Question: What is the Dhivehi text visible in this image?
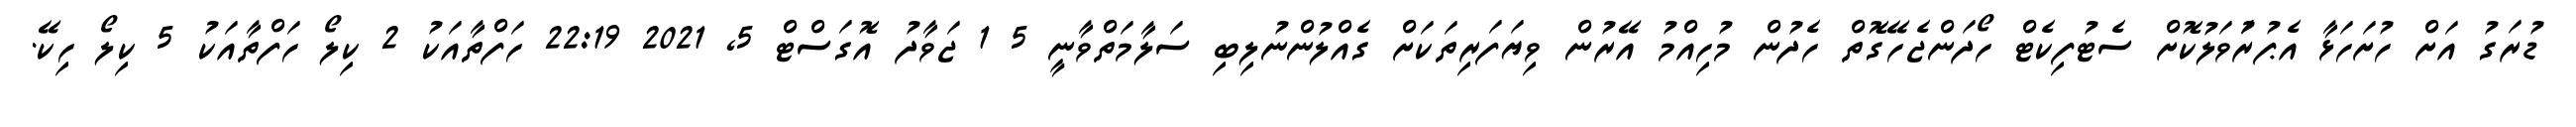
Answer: ޑުރަގު އަށް ހުށަހަޅާ އެޕުރަުވަލުކޮށް ސެޓުފިކެޓް ހޯދަންޖެހޭގޮތް ހެދުން މުހިއްމު އޭރުން ވިޔަފަރިތަކަށް ގެއްލުންނުލިބި ސަލާމަތްވާނީ 5 1 ޖަވާދު އޮގަސްޓް 5, 2021 22:19 ހަފްތާއަކު 2 ކިލޯ ހަފްތާއަކު 5 ކިލޯ ހިކޭ.